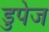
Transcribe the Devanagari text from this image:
डुपेज